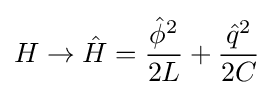
H\rightarrow {\hat {H}}={\frac {{\hat {\phi }}^{2}}{2L}}+{\frac {{\hat {q}}^{2}}{2C}}